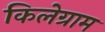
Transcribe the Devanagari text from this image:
किलेग्राम